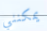
يمكنني